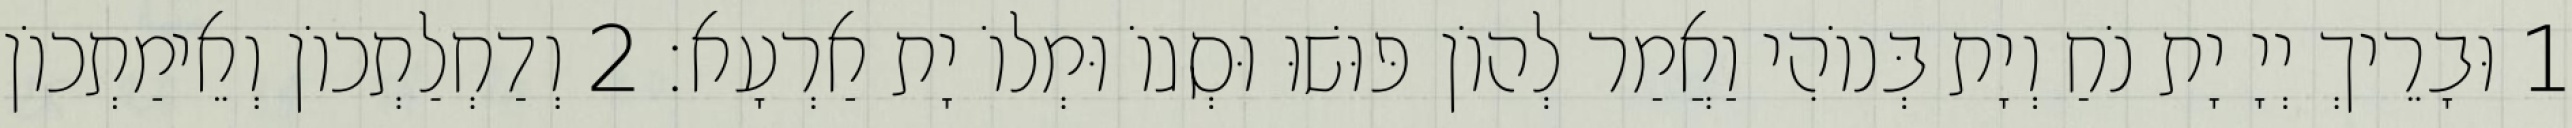
1 וּבָרֵיךְ יְיָ יָת נֹחַ וְיָת בְּנוֹהִי וַאֲמַר לְהוֹן פּוּשׁוּ וּסְגוֹ וּמְלוֹ יָת אַרְעָא׃ 2 וְדַחְלַתְכוֹן וְאֵימַתְכוֹן